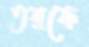
তরফে